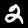
Digit: 2